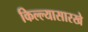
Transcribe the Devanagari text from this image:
किल्ल्यासारखे